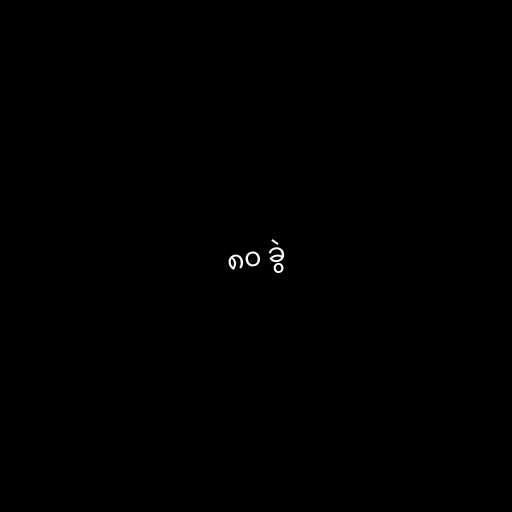
၈၀ ခွဲ